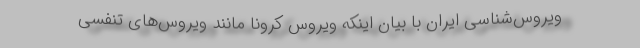
ویروس‌شناسی ایران با بیان اینکه ویروس کرونا مانند ویروس‌های تنفسی